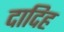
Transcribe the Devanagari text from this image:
दादिह